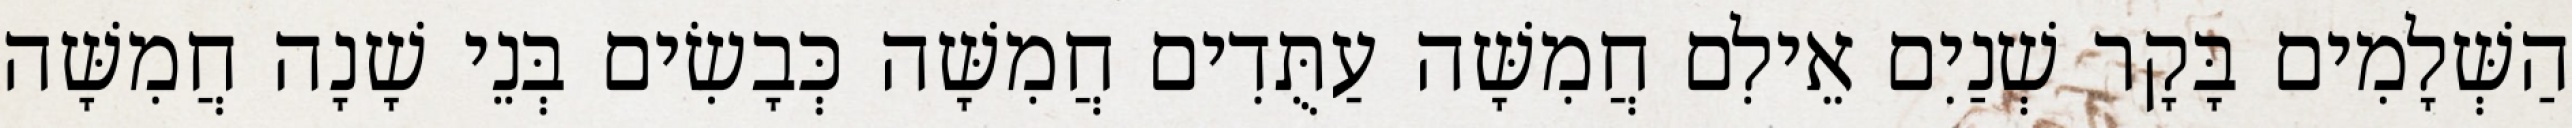
הַשְּׁלָמִים בָּקָר שְׁנַיִם אֵילִם חֲמִשָּׁה עַתֻּדִים חֲמִשָּׁה כְּבָשִׂים בְּנֵי שָׁנָה חֲמִשָּׁה